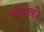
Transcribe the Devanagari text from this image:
मलाकी